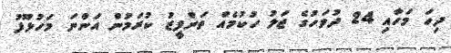
ދިހަ މަހާއި 24 ދުވަހުގެ ޖަލު ހުކުމެއް ތަންފީޒު ކުރަމުން އަންނަ މަހުލޫފު